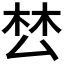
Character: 𭆟